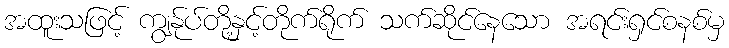
အထူးသဖြင့် ကျွနု်ပ်တို့နှင့်တိုက်ရိုက် သက်ဆိုင်နေသော အရင်းရှင်စနစ်မှ